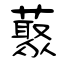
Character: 藂